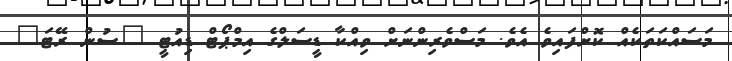
މަސައްކަތަކެއް ކޮށްފައިވެ އެވެ. މަސްވެރިންނަށް ވިއްކާ ޑީސަލްގެ އިމްޕޯޓް ޑިއުޓީ "ސުން ރޭޓަ"